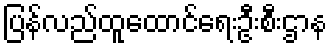
ပြန်လည်ထူထောင်ရေးဦးစီးဌာန